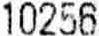
10256